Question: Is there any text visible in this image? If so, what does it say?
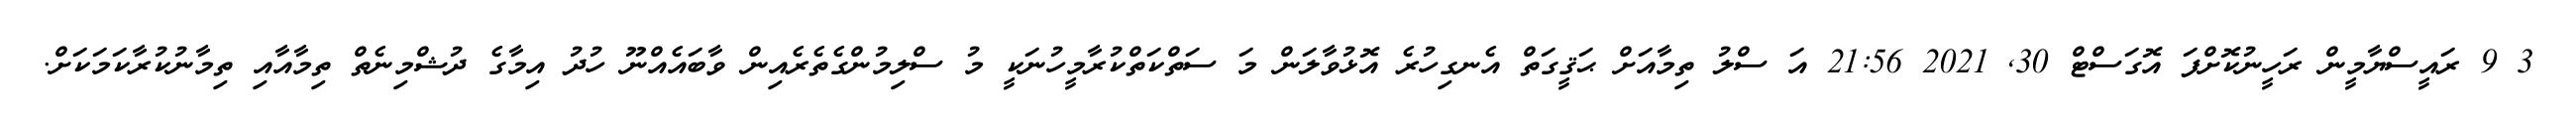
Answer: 3 9 ރައީސްޔާމީން ރަހީނުކޮށްފަ އޮގަސްޓް 30, 2021 21:56 އަ ސްލު ތިމާއަށް ޙަޤީގަތް އެނގިހުރެ އޮޅުވާލަން މަ ސަތްކަތްކުރާމީހުނަކީ މު ސްލިމުންގެތެރެއިން ވާބައެއްނޫ ހުދު އިމާގެ ދުޝްމިނެތް ތިމާއާއި ތިމާނުކުރާކަމަކަށް.